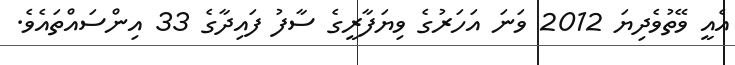
އެއީ ވޭތުވެދިޔަ 2012 ވަނަ އަހަރުގެ ވިޔަފާރީގެ ސާފު ފައިދާގެ 33 އިންސައްތައެވެ.